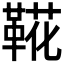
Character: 𩋖